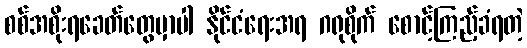
စစ်အစိုးရခေတ်တွေမှာပါ နိုင်ငံရေးအရ ဂရုစိုက် စောင့်ကြည့်ခံရတဲ့